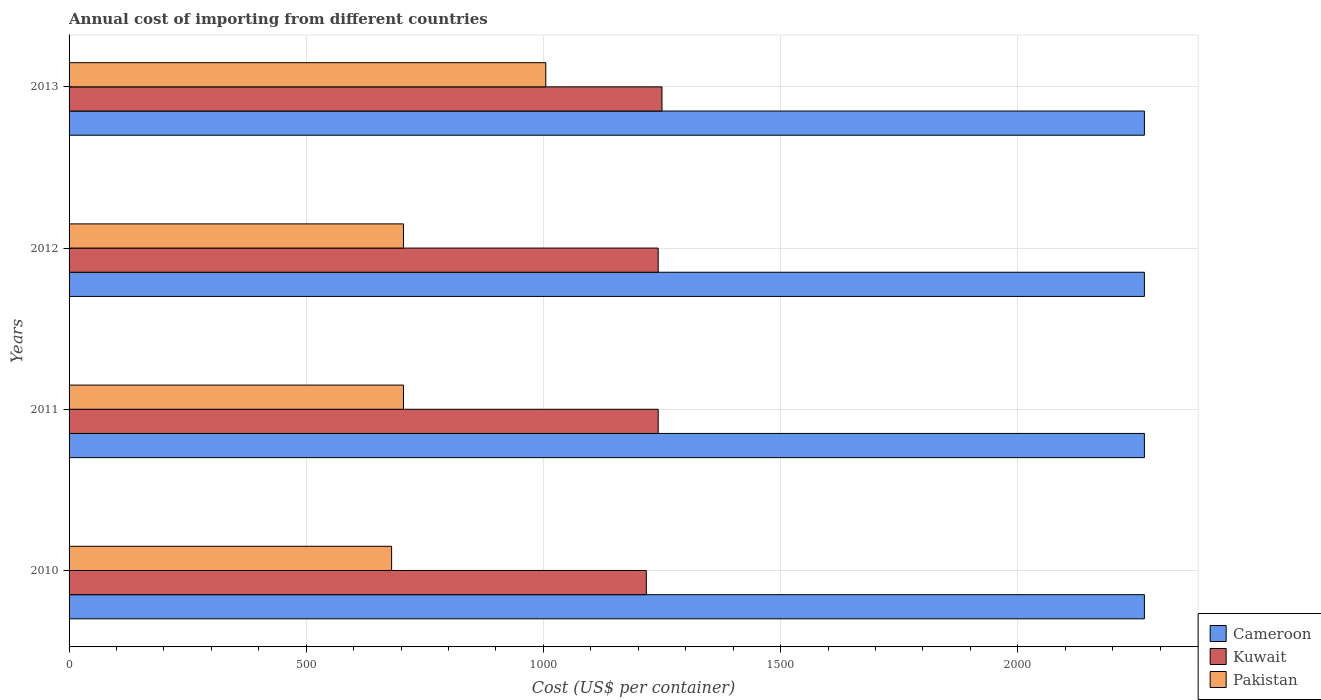
| Years | Cameroon | Kuwait | Pakistan |
 | --- | --- | --- | --- |
 | 2010 | 2.27e+03 | 1.22e+03 | 680 |
 | 2011 | 2.27e+03 | 1.24e+03 | 705 |
 | 2012 | 2.27e+03 | 1.24e+03 | 705 |
 | 2013 | 2.27e+03 | 1.25e+03 | 1.00e+03 |